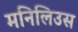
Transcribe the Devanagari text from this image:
मनिलिउस